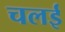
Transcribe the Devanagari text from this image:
चलई